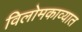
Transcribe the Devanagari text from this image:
विलोमकाव्यात